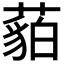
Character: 𱾡